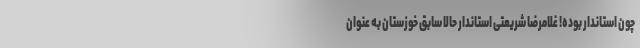
چون استاندار بوده! غلامرضا شریعتی استاندار حالا سابق خوزستان به عنوان